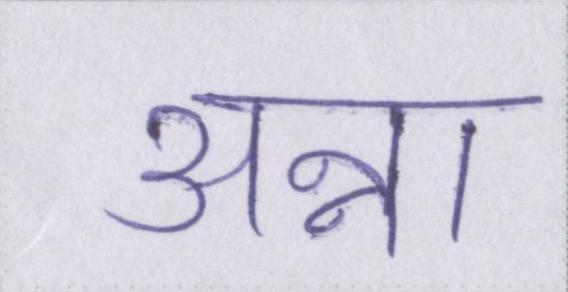
अन्ना